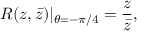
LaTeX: R ( z , \bar { z } ) | _ { \theta = - \pi / 4 } = \frac { z } { \bar { z } } ,